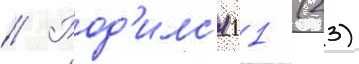
// Род'илс'я 11 (23)